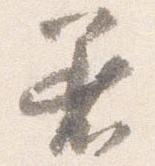
着